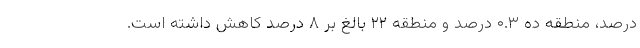
درصد، منطقه ده ۰.۳ درصد و منطقه ۲۲ بالغ بر ۸ درصد کاهش داشته است.